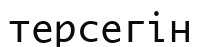
терсегін